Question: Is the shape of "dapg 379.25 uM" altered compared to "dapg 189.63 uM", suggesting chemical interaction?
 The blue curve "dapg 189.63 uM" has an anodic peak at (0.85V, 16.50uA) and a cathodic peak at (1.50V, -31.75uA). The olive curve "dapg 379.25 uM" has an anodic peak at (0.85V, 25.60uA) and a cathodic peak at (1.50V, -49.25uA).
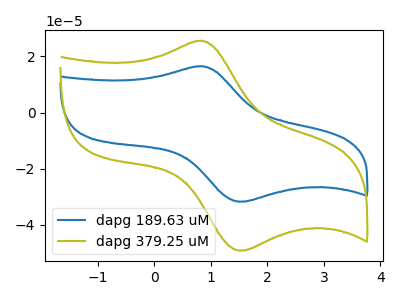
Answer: <think>All the peaks in "dapg 379.25 uM" have a peak in "dapg 189.63 uM" at the same potential. Every peak in "dapg 379.25 uM" is higher than every peak in "dapg 189.63 uM".
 </think>
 <answer>No, "dapg 379.25 uM" and "dapg 189.63 uM" don't appear to be significantly different in shape</answer>
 <eval>no_change</eval>